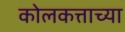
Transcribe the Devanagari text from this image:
कोलकत्ताच्या